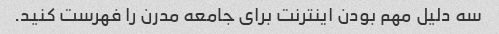
سه دلیل مهم بودن اینترنت برای جامعه مدرن را فهرست کنید.